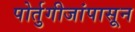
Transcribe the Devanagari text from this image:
पोर्तुगीजांपासून